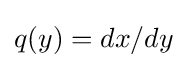
q(y)=dx/dy